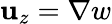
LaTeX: \mathbf{u}_{z}=\nabla w